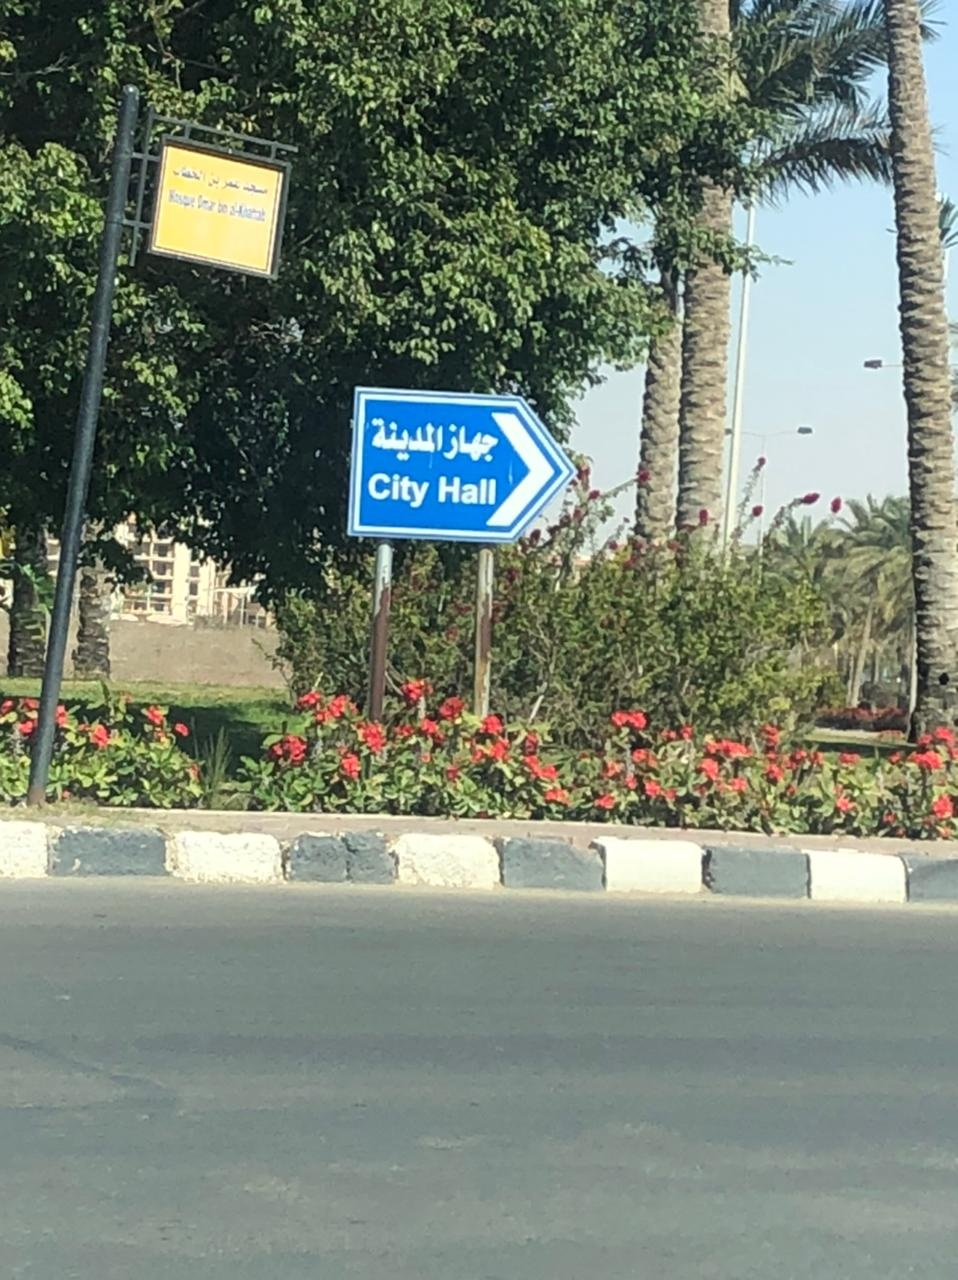
Text in image: المدينة جهاز Hall City